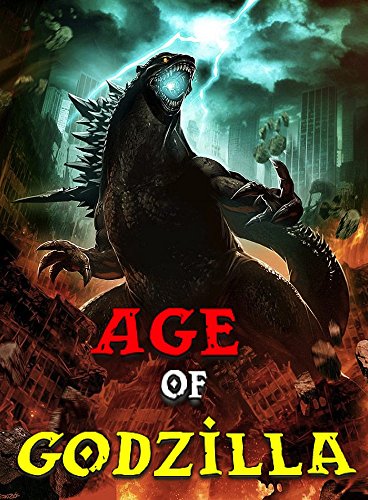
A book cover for Age Of Godzilla: The Ancient Ayleids Legend (Minecraft Monsters Series Book 6); Ender King; Children's Books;